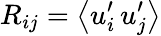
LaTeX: R_{ij}=\left\langle{u_{i}^{\prime}\, u_{j}^{\prime}}\right\rangle